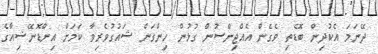
ދޭނަމަ އެކުދިން ބޮޑެތި ވެގެން އެއްޖިންސުން ގުޅުން ހިންގަން ޝައުގުވެރިވާ ކަމަށް އިންޑޮނޭޝިއާގެ